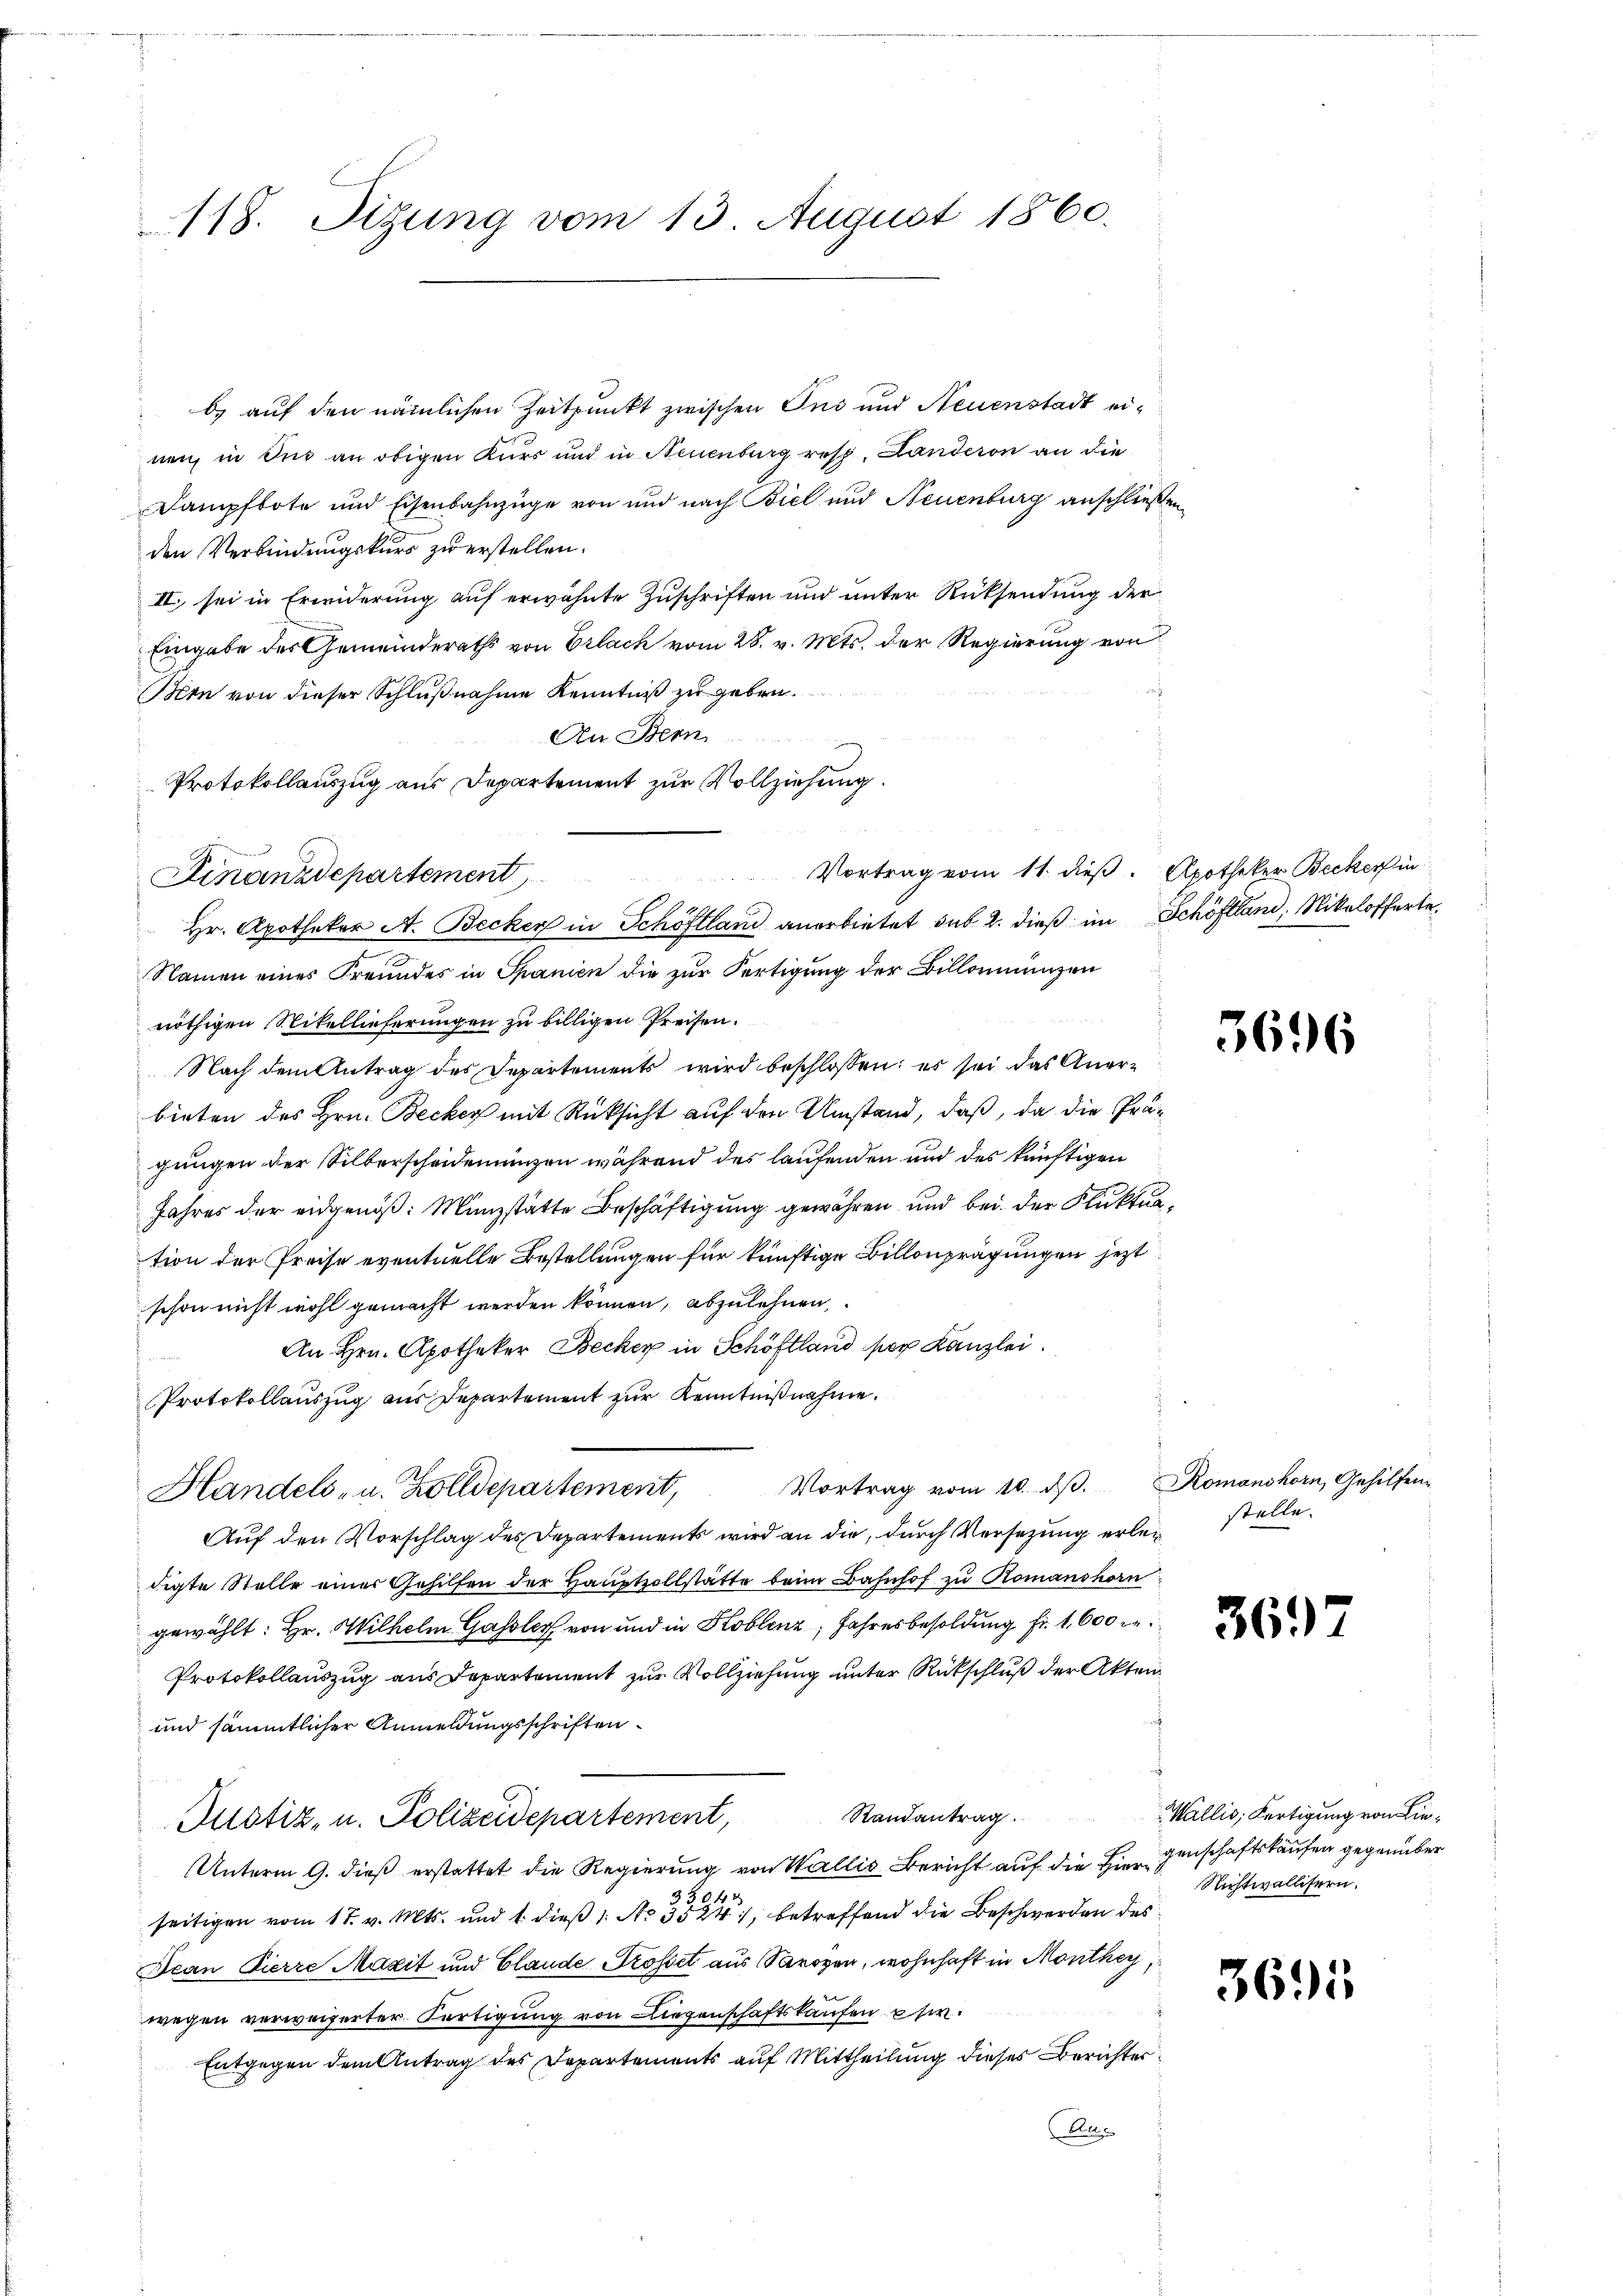
118. Sizung vom 13. August 1860.

b) auf den nämlichen Zeitpunkt zwischen Ins und Neuenstadt einen, in des an obigen Kurs und in Neuenburg resp. Landeren an die
Dampfbote und Eisenbahnzüge von und nach Biel und Neuenburg anschließen
den Verbindungskurs zu erstellen.
II. sei in Erwiderung auf erwähnte Zuschriften und unter Rücksendung der
Eingabe des Gemeinderaths von Erlach vom 28. v. Mts. der Regierung von
Ien von dieser Schlußnahme Kenntniß zu geben.
An Bern
Protokollauszug aus Departement zur Vollziehung.
Finanzdepartement
Namen eines Freundes in Spanien die zur Fertigung der Billonienzen
nöthigen Stitellieferungen zu billigen Preisen.
Nach dem Antrag des Departements wird beschlossen: es sei das Anerbieten des Hrn. Becker mit Rücksicht auf den Umstand, daß, da die Prägungen der Silberscheidenungen während des laufenden und des künftigen
Jahres der eidgenöß: Münzstätte Beschäftigung gewähren und bei der Fluktuation der Preise eventuelle Bestellungen für künftige Billenprägungen jezt
schon nicht wohl gemacht werden können, abzulehnen
An Hrn. Apotheker Becker in Schöftland per Kanzlei.
Protokollauszug aus Departement zur Kenntnißnahme.
Vortrag vom 10. dβ. Romanshorn, Gehilfen
Handels- u. Zolldepartement,
Auf den Vorschlag des Departements wird an die, durch Versezung erlei
digte Stelle einer Gehilfen der Hauptzollstätte beim Bahnhof zu Romanshorn
gewählt: Hr. Wilhelm Gassler von und in Koblenz, Jahresbesoldung fr. 1,600 re
Protokollauszug aus Departement zur Vollziehung unter Rückschluß der Akten
und sämmtlicher Anmeldungsschriften
Randantrag.
Justiz- u. Polizeidepartement,
Unterm 9. dieß erstattet die Regierung von Wallis Bericht auf die Hier
seitigen vom 17. v. Mts. und 1. dieß 1: No 354, betreffend die Beschwerden des
Dean Pierre Maxit und Claude Trosset aus Savoyen, wohnhaft in Monthey,
wegen verweiserter Fertigung von Liegenschaftskaufen ehe
Entgegen dem Antrag des Departements auf Mittheilung dieses Berichter¬
Au

Hr. Apotheker A. Becker in Schöflland anerbietet sub 2. dieß im Schöflland, Nikolofferte

Vortrag vom 11. dieß. Apotheker Becker in

3696

stelle.

367

3695

Wallis, Fertigung von Liegenschaftskaufen gegenüber
Nichtwallisern.